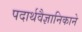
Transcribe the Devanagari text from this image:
पदार्थवैज्ञानिकाने